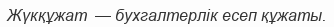
Жүкқұжат  — бухгалтерлік есеп құжаты.